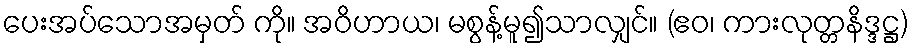
ပေးအပ်သောအမှတ် ကို။ အဝိဟာယ၊ မစွန့်မူ၍သာလျှင်။ (ဧဝ၊ ကားလုတ္တနိဒ္ဒဋ္ဌ)